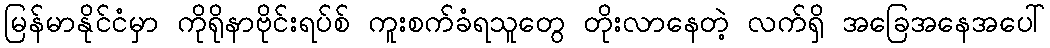
မြန်မာနိုင်ငံမှာ ကိုရိုနာဗိုင်းရပ်စ် ကူးစက်ခံရသူတွေ တိုးလာနေတဲ့ လက်ရှိ အခြေအနေအပေါ်